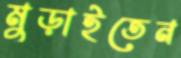
মুড়াইতেন